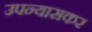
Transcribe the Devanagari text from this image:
उपन्यासकर